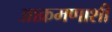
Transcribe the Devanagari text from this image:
आक्रमणाशी